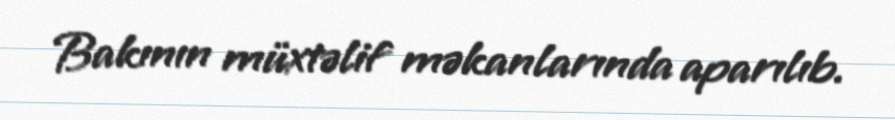
Bakının müxtəlif məkanlarında aparılıb.